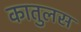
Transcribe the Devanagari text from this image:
कातुलस